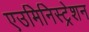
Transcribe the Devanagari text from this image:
एउमिनिस्ट्रेशन